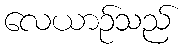
လေယာဉ်သည်